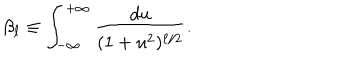
\beta _ { \ell } \equiv \int _ { - \infty } ^ { + \infty } \frac { d u } { ( 1 + u ^ { 2 } ) ^ { \ell / 2 } } .